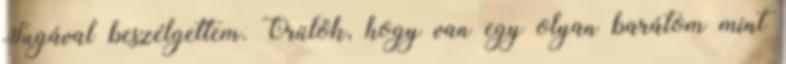
Sugával beszélgettem. Örülök, hogy van egy olyan barátom mint